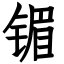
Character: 镅